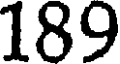
189